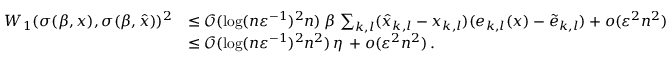
\begin{array} { r l } { W _ { 1 } ( \sigma ( \beta , x ) , \sigma ( \beta , \hat { x } ) ) ^ { 2 } } & { \le \mathcal { O } ( \log ( n \varepsilon ^ { - 1 } ) ^ { 2 } { n } ) \, \beta \, \sum _ { k , l } ( \hat { x } _ { k , l } - x _ { k , l } ) ( e _ { k , l } ( x ) - \widetilde { e } _ { k , l } ) + o ( \varepsilon ^ { 2 } n ^ { 2 } ) } \\ & { \le \mathcal { O } ( \log ( n \varepsilon ^ { - 1 } ) ^ { 2 } { n ^ { 2 } } ) \, \eta \, + o ( \varepsilon ^ { 2 } n ^ { 2 } ) \, . } \end{array}